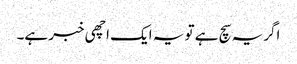
اگریہ سچ ہے تو یہ ایک اچھی خبر ہے۔